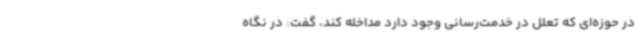
در حوزه‌ای که تعلل در خدمت‌رسانی وجود دارد مداخله کند، گفت: در نگاه